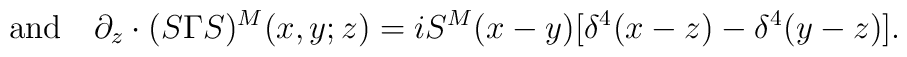
{\rm and}\quad \partial_z\cdot(S\Gamma S)^M(x,y;z) =                 iS^M(x-y)[\delta^4(x-z)-\delta^4(y-z)].